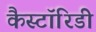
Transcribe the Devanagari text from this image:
कैस्टॉरिडी